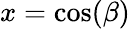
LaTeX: x=\cos(\beta)